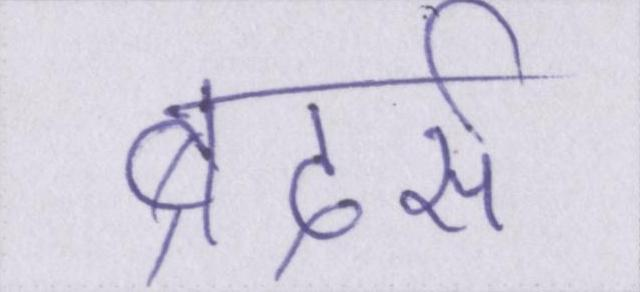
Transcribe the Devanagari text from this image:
ब्रदर्स